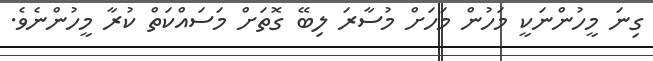
ގިނަ މީހުންނަކީ މަހުން މަހަށް މުސާރަ ލިބޭ ގޮތަށް މަސައްކަތް ކުރާ މީހުންނެވެ.